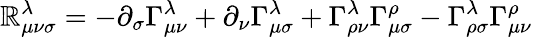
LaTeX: \mathbb{R}_{\mu\nu\sigma}^{\lambda}=-\partial_{\sigma}\Gamma_{\mu\nu}^{\lambda}+\partial_{\nu}\Gamma_{\mu\sigma}^{\lambda}+\Gamma_{\rho\nu}^{\lambda}\Gamma_{\mu\sigma}^{\rho}-\Gamma_{\rho\sigma}^{\lambda}\Gamma_{\mu\nu}^{\rho}